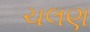
ચલણ